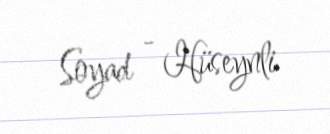
Soyad - Hüseynli